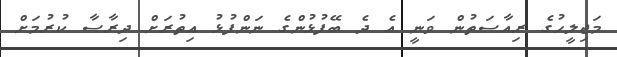
މަޖިލީހުގެ ރިއާސަތުން ވަނީ އެ ދެ ބޭފުޅުންގެ ނަންފުޅު އިތުރަށް ދިރާސާ ކުރުމަށް